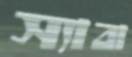
স্যাবা